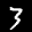
Label: 3